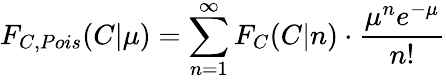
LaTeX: F_{C,Pois}(C|\mu)=\sum_{n=1}^{\infty}F_{C}(C|n)\cdot\frac{\mu^{n}e^{-\mu}}{n!}